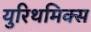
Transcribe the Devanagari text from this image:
युरिथमिक्स